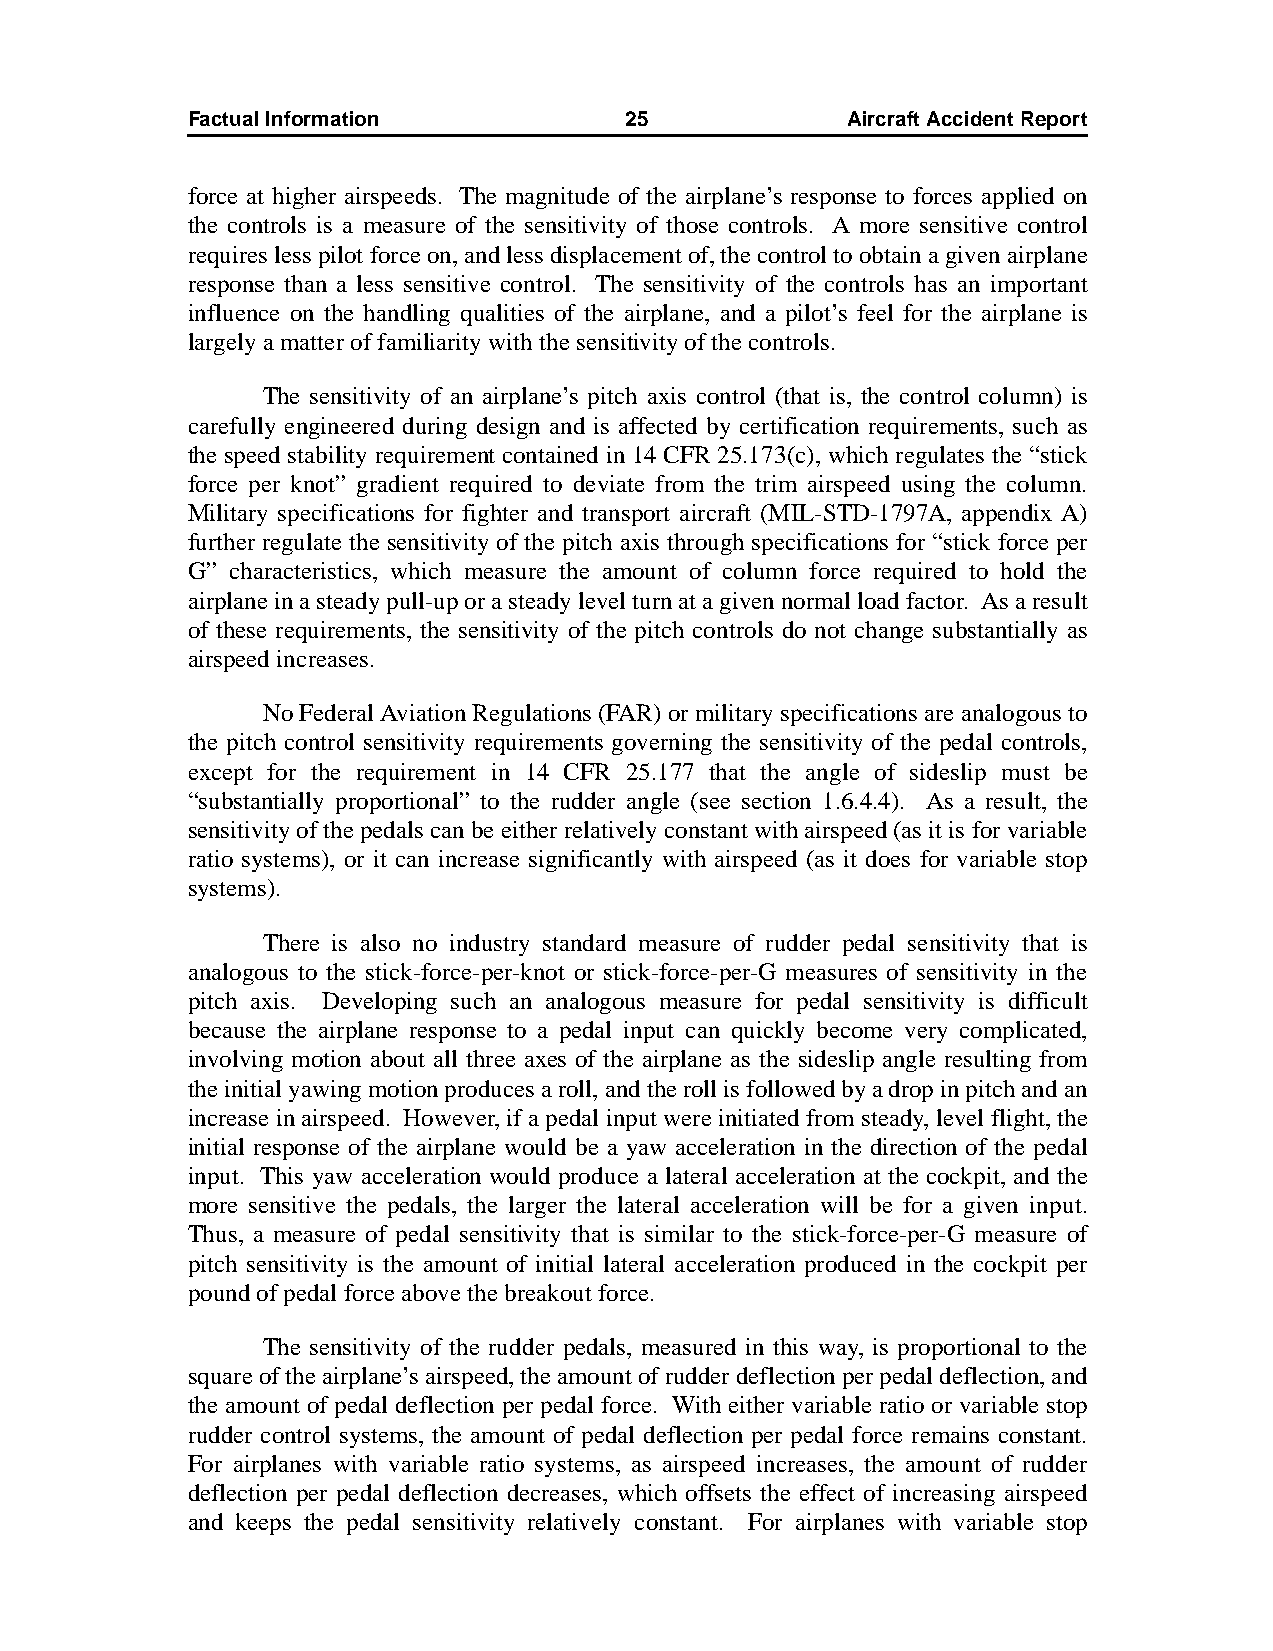
Factual Information          25             AircraftAccidentReport
 force at higher airspeeds. The magnitude of the airplane’s response to forces applied on
 the controls is a measure of the sensitivity of those controls. A more sensitive control
 requires less pilot force on, and less displacement of, the control to obtain a given airplane
 response than a less sensitive control. The sensitivity of the controls has an important
 influence on the handling qualities of the airplane, and a pilot’s feel for the airplane is
 largely a matter of familiarity with the sensitivity of the controls.
 The sensitivity of an airplane’s pitch axis control (that is, the control column) is
 carefully engineered during design and is affected by certification requirements, such as
 the speed stability requirement contained in 14 CFR 25.173(c), which regulates the “stick
 force per knot” gradient required to deviate from the trim airspeed using the column.
 Military specifications for fighter and transport aircraft (MIL-STD-1797A, appendix A)
 further regulate the sensitivity of the pitch axis through specifications for “stick force per
 G” characteristics, which measure the amount of column force required to hold the
 airplane in a steady pull-up or a steady level turn at a given normal load factor. As a result
 of these requirements, the sensitivity of the pitch controls do not change substantially as
 airspeed increases.
 No Federal Aviation Regulations (FAR) or military specifications are analogous to
 the pitch control sensitivity requirements governing the sensitivity of the pedal controls,
 except for the requirement in 14 CFR 25.177 that the angle of sideslip must be
 “substantially proportional” to the rudder angle (see section 1.6.4.4). As a result, the
 sensitivity of the pedals can be either relatively constant with airspeed (as it is for variable
 ratio systems), or it can increase significantly with airspeed (as it does for variable stop
 systems).
 There is also no industry standard measure of rudder pedal sensitivity that is
 analogous to the stick-force-per-knot or stick-force-per-G measures of sensitivity in the
 pitch axis. Developing such an analogous measure for pedal sensitivity is difficult
 because the airplane response to a pedal input can quickly become very complicated,
 involving motion about all three axes of the airplane as the sideslip angle resulting from
 the initial yawing motion produces a roll, and the roll is followed by a drop in pitch and an
 increase in airspeed. However, if a pedal input were initiated from steady, level flight, the
 initial response of the airplane would be a yaw acceleration in the direction of the pedal
 input. This yaw acceleration would produce a lateral acceleration at the cockpit, and the
 more sensitive the pedals, the larger the lateral acceleration will be for a given input.
 Thus, a measure of pedal sensitivity that is similar to the stick-force-per-G measure of
 pitch sensitivity is the amount of initial lateral acceleration produced in the cockpit per
 pound of pedal force above the breakout force.
 The sensitivity of the rudder pedals, measured in this way, is proportional to the
 square of the airplane’s airspeed, the amount of rudder deflection per pedal deflection, and
 the amount of pedal deflection per pedal force. With either variable ratio or variable stop
 rudder control systems, the amount of pedal deflection per pedal force remains constant.
 For airplanes with variable ratio systems, as airspeed increases, the amount of rudder
 deflection per pedal deflection decreases, which offsets the effect of increasing airspeed
 and keeps the pedal sensitivity relatively constant. For airplanes with variable stop